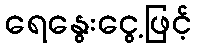
ရေနွေးငွေ့ဖြင့်